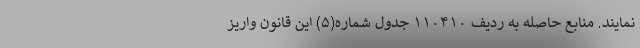
نمایند. منابع حاصله به ردیف ۱۱۰۴۱۰ جدول شماره(۵) این قانون واریز